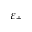
\varepsilon _ { + }